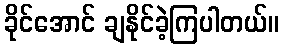
ခိုင်အောင် ချနိုင်ခဲ့ကြပါတယ်။